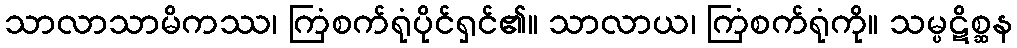
သာလာသာမိကဿ၊ ကြံစက်ရုံပိုင်ရှင်၏။ သာလာယ၊ ကြံစက်ရုံကို။ သမ္ပဋိစ္ဆန